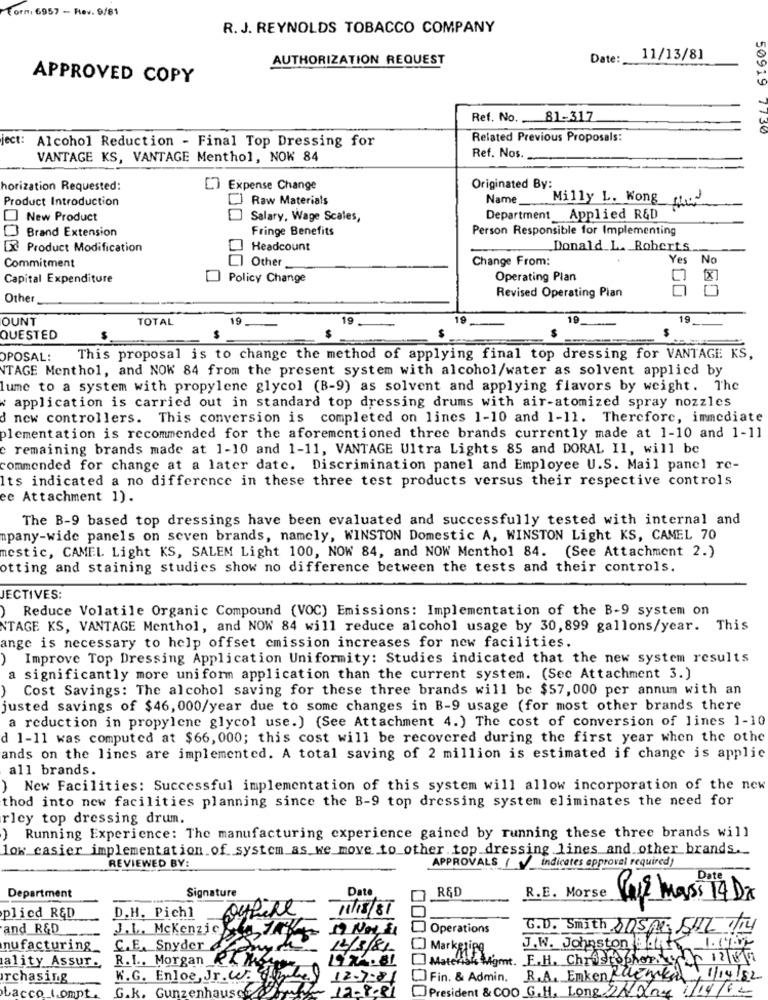
Torn 6957 - Rev. 9/81
R. J. REYNOLDS TOBACCO COMPANY
AUTHORIZATION REQUEST
Date:
11/13/81
APPROVED COPY
Ref. No. 81-317
ject: Alcohol Reduction - Final Top Dressing for
Related Previous Proposals:
50919 7730
VANTAGE KS, VANTAGE Menthol, NOW 84
Ref. Nos.
horization Requested:
Expense Change
Originated By:
Product Introduction
Raw Materials
Name
Milly L. Wong the
New Product
Salary, Wage Scales,
Department Applied R&D
Brand Extension
Fringe Benefits
Person Responsible for Implementing
53 Product Modification
Headcount
Donald L. Roberts
Other
Change From:
Yes
No
Commitment
Capital Expenditure
Policy Change
Operating Plan
Revised Operating Plan
Other
OUNT
TOTAL
19
19
19
19
19
$
QUESTED
POSAL:
This proposal is to change the method of applying final top dressing for VANTAGE KS,
TAGE Menthol, and NOW 84 from the present system with alcohol/water as solvent applied by
lume to a system with propylene glycol (B-9) as solvent and applying flavors by weight. The
application is carried out in standard top dressing drums with air-atomized spray nozzles
d new controllers. This conversion is completed on lines 1-10 and 1-11. Therefore, immediate
plementation is recommended for the aforementioned three brands currently made at 1-10 and 1-11
remaining brands made at 1-10 and 1-11, VANTAGE Ultra Lights 85 and DORAL II, will be
commended for change at a later date. Discrimination panel and Employee U.S. Mail panel re-
Its indicated a no difference in these three test products versus their respective controls
ee Attachment 1).
The B-9 based top dressings have been evaluated and successfully tested with internal and
mpany-wide panels on seven brands, namely, WINSTON Domestic A, WINSTON Light KS, CAMEL 70
mestic, CAMEL Light KS, SALEM Light 100, NOW 84, and NOW Menthol 84. (See Attachment 2.)
otting and staining studies show no difference between the tests and their controls.
JECTIVES:
)Reduce Volatile Organic Compound (VOC) Emissions: Implementation of the B-9 system on
NTAGE KS, VANTAGE Menthol, and NOW 84 will reduce alcohol usage by 30, 899 gallons/year. This
ange is necessary to help offset emission increases for new facilities.
Improve Top Dressing Application Uniformity: Studies indicated that the new system results
a significantly more uniform application than the current system. (See Attachment 3.)
Cost Savings: The alcohol saving for these three brands will be $57, 000 per annum with an
justed savings of $46, 000/year due to some changes in B-9 usage (for most other brands there
a reduction in propylene glycol use.) (See Attachment 4.) The cost of conversion of lines 1-10
d 1-11 was computed at $66, 000; this cost will be recovered during the first year when the othe
ands on the lines are implemented. A total saving of 2 million is estimated if change is applic
all brands.
) New Facilities: Successful implementation of this system will allow incorporation of the new
thod into new facilities planning since the B-9 top dressing system eliminates the need for
rley top dressing drum.
) Running Experience: The manufacturing experience gained by running these three brands will
low casier implementation of system as we move to other top dressing lines and other brands.
APPROVALS ( ) Indicates approval required)
REVIEWED BY:
Date
Signature
Date
R&D
Department
R.E. Morse
Puis Mass 14 Dr
D.H. Pichl
11/15/81
plied R&D
and R&D
Operations
G.D. Smith sospe, sur Th
J.L. Mckenzie sta
nufacturing
C. E. Snyder
12/5/8/
Marketing
J.W. Johnston dit 1.11
ality Assur.
R.I .. Morgan RIL ik
Materiais Might. F.H. Christopher. Vy Ar 12/18/11
rchasing
W.G. Enlos, Jr. W.
12-7-81
Fin. & Admin.
R.A. Enken denkan1/14/82
G.K.
Gunz
aus
President & COO G.H. Long DAane 11/19/12
bacco_1.ompt